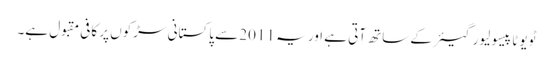
ٹویوٹا پیسو لیور گیئر کے ساتھ آتی ہے اور یہ 2011 سے پاکستانی سڑکوں پر کافی مقبول ہے۔